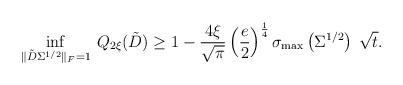
LaTeX: \begin{align*}\inf_{\Vert \tilde{D}\Sigma^{1/2} \Vert_F=1} \: Q_{2\xi}(\tilde{D}) & \ge 1-\frac{4 \xi} {\sqrt{\pi}} \left(\frac{e}{2} \right)^{\frac{1}4} \sigma_{\max}\left(\Sigma^{1/2}\right)\: \sqrt{t}. \end{align*}